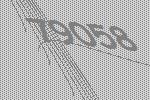
79058